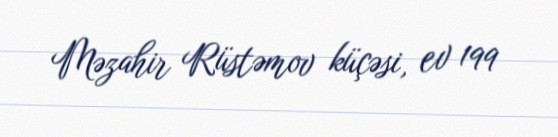
Məzahir Rüstəmov küçəsi, ev 199